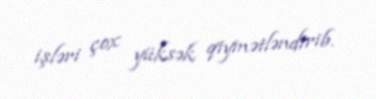
işləri çox yüksək qiymətləndirib.